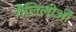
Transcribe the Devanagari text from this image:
गैलिलीओं